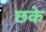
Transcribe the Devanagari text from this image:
छके